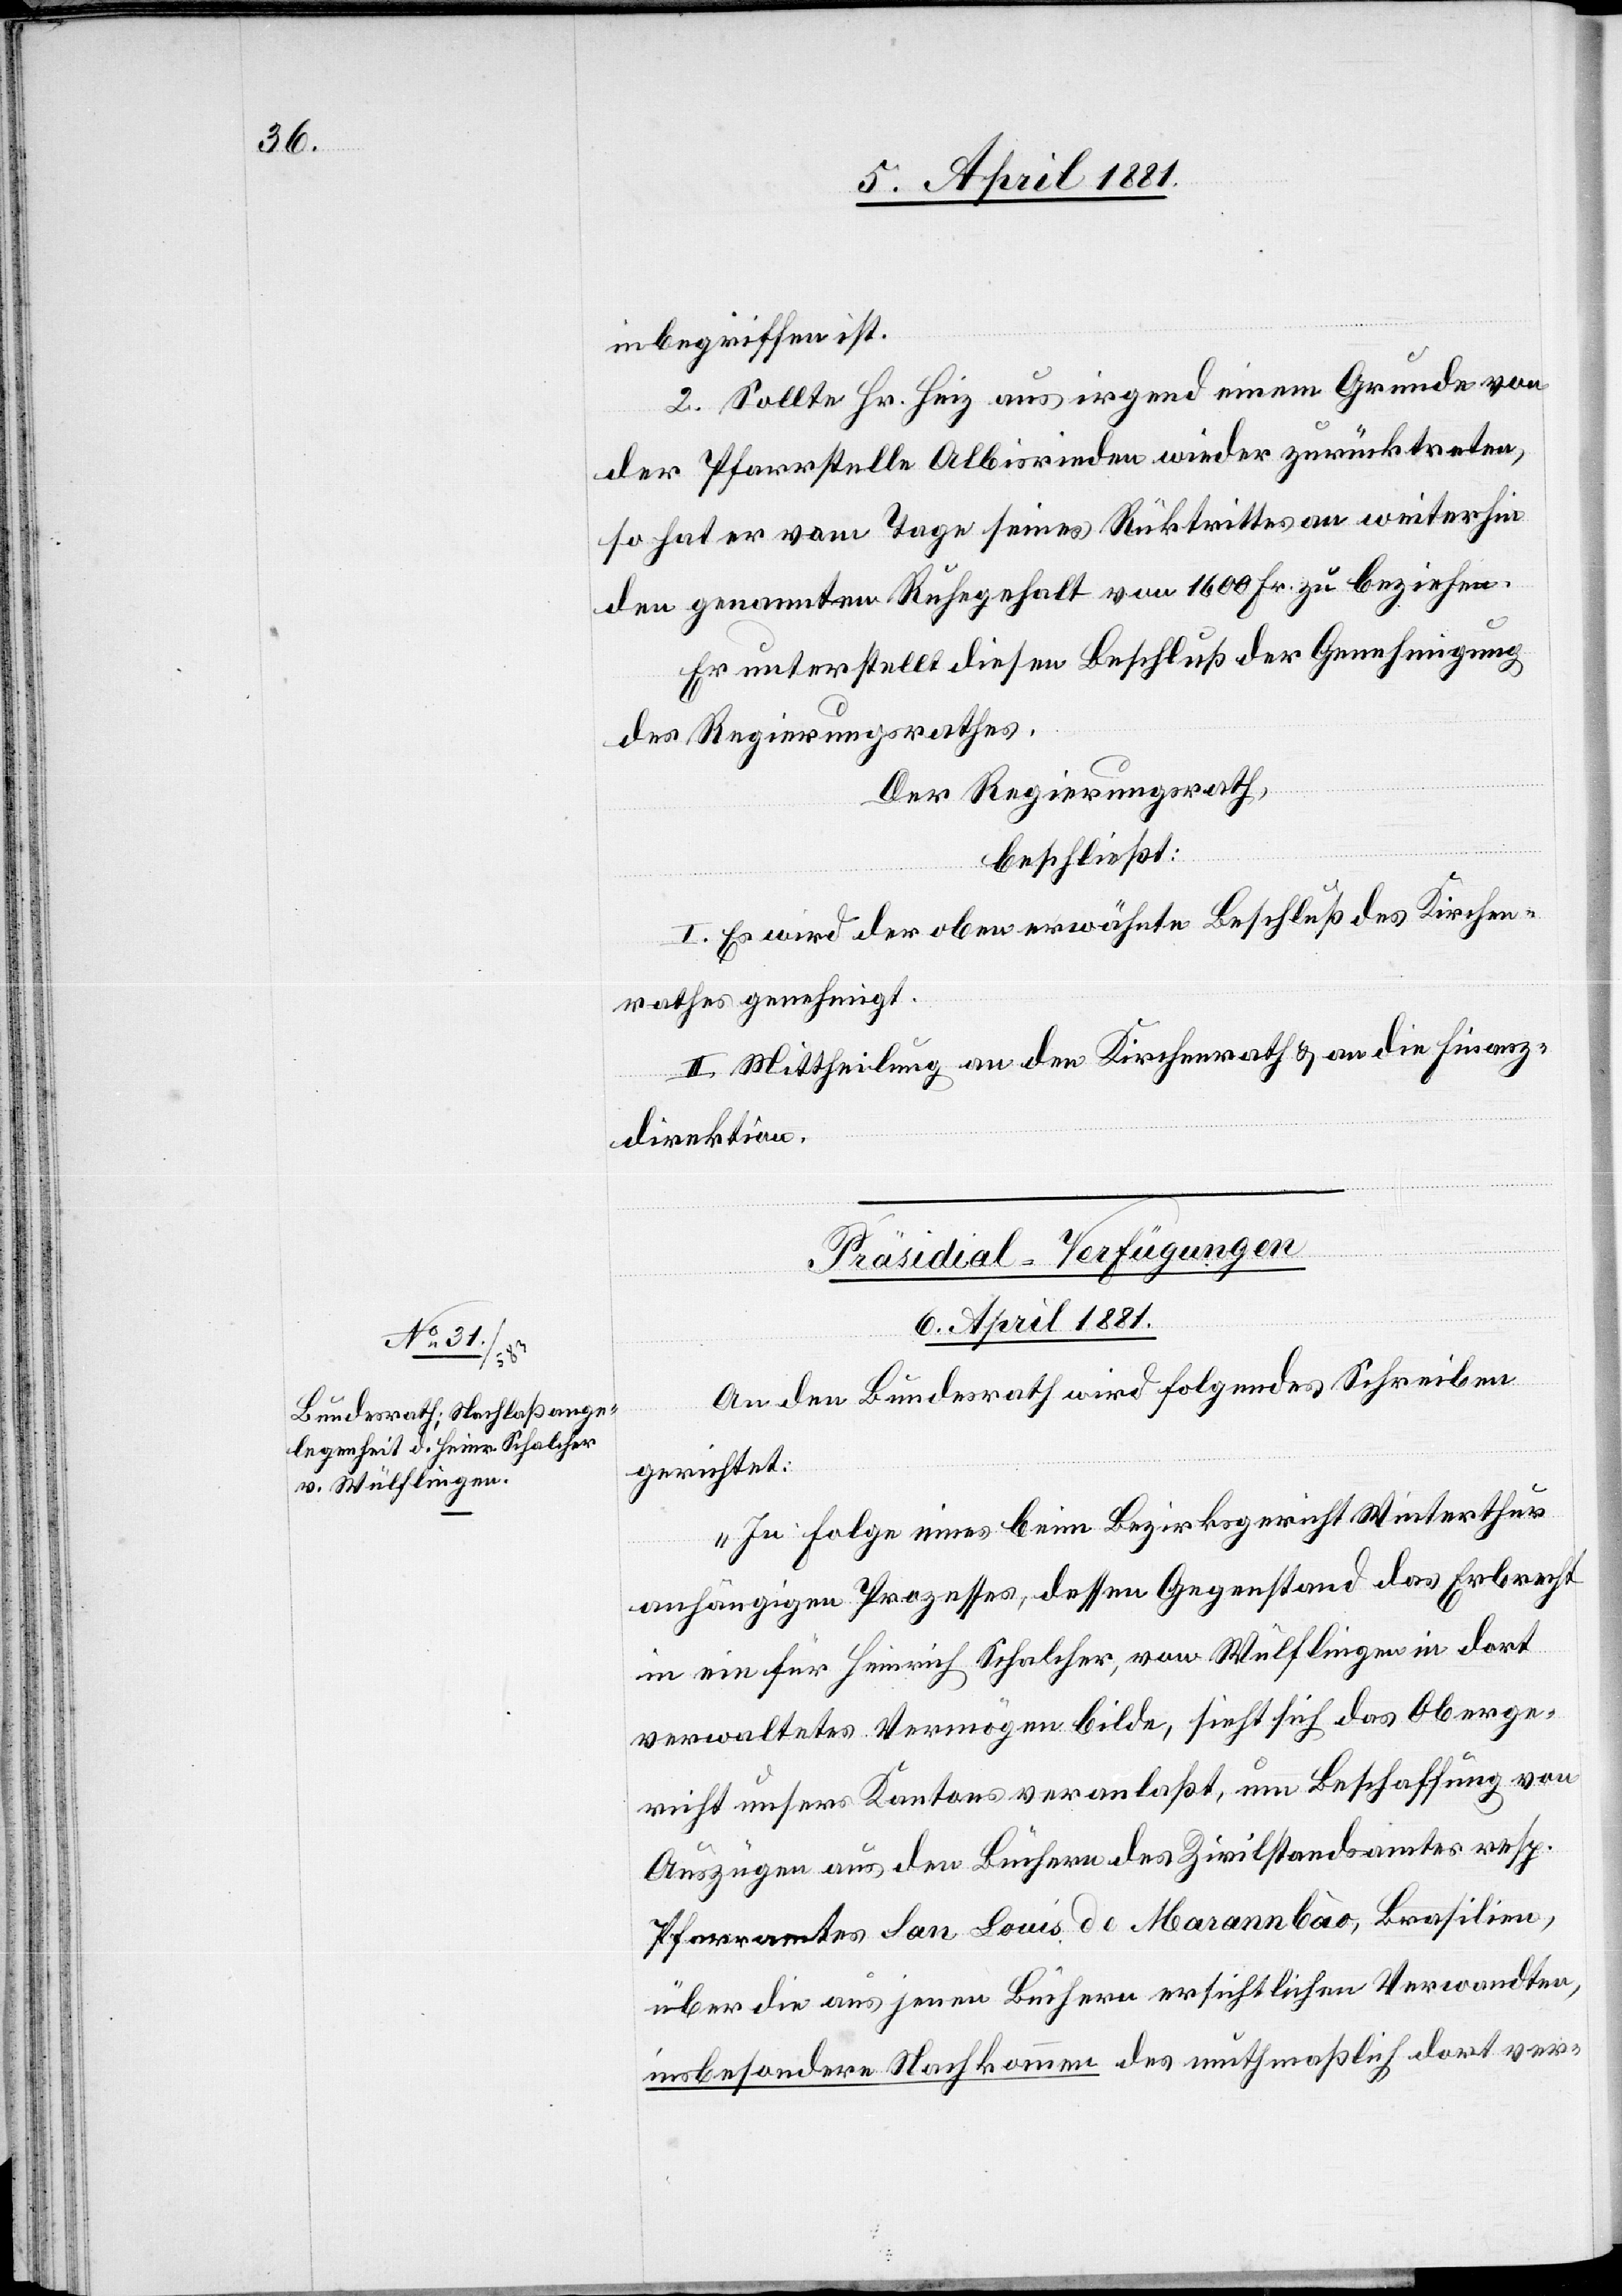
inbegriffen ist.
2. Sollte Hr. Heiz aus irgend einem Grunde von
der Pfarrstelle Albisrieden wieder zurücktreten,
so hat er vom Tage seines Rüktrittes an weiterhin
den genannten Ruhegehalt von 1600 Fr. zu beziehen.
Er unterstellt diesen Beschluß der Genehmigung
des Regierungsrathes.
Der Regierungsrath,
beschließt:
I. Es wird der oben erwähnte Beschluß des Kirchen¬
rathes genehmigt.
II. Mittheilung an den Kirchenrath & an die Finanz¬
direktion.
Präsidial-Verfügungen
6. April 1881
An den Bundesrath wird folgendes Schreiben
gerichtet:
„In Folge eines beim Bezirksgericht Winterthur
anhängigen Prozesses, dessen Gegenstand das Erbrecht
in ein für Heinrich Schalcher, von Wülflingen in dort
verwaltetes Vermögen bilde, sieht sich das Oberge¬
richt unsers Kantons veranlaßt, um Beschaffung von
Auszügen aus den Büchern des Zivilstandsamtes resp.
Pfarramtes San Louis de Marannbào, Brasilien,
über die aus jenen Büchern ersichtlichen Verwandten,
insbesondere Nachkommen des muthmaßlich dort ver-